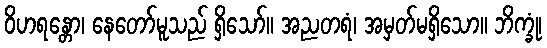
ဝိဟရန္တော၊ နေတော်မူသည် ရှိသော်။ အညတရံ၊ အမှတ်မရှိသော။ ဘိက္ခုံ၊